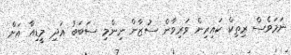
ނަމަވެސް ރިތިކް ކައިރިން ވަރިވާން ސުޒާން ނިންމި ސަބަބު އަދި މީޑިއާ އަށް